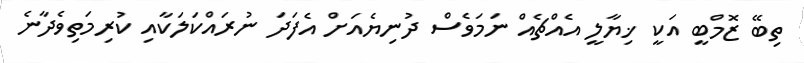
ތިބޭ ޒޮމްބީ އަކީ ޚިޔާލީ އެއްޗެއް ނަމަވެސް ދުނިޔެއަށް އެފަދަ ނުރައްކަލަކާއި ކުރިމަތިވެދާނެ